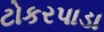
ટોકરપાડા